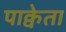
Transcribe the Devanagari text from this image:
पाक्वेता